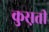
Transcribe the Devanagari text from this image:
कुस़ती